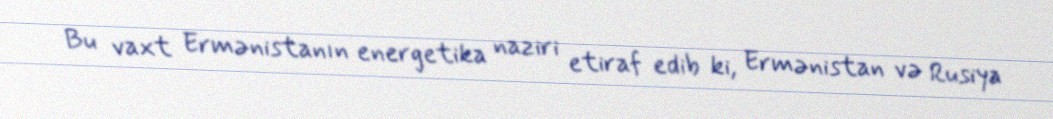
Bu vaxt Ermənistanın energetika naziri etiraf edib ki, Ermənistan və Rusiya